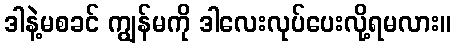
ဒါနဲ့မစခင် ကျွန်မကို ဒါလေးလုပ်ပေးလို့ရမလား။